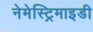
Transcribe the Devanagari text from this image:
नेमेस्ट्रिमाइडी